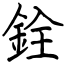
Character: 銓